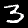
Label: 3